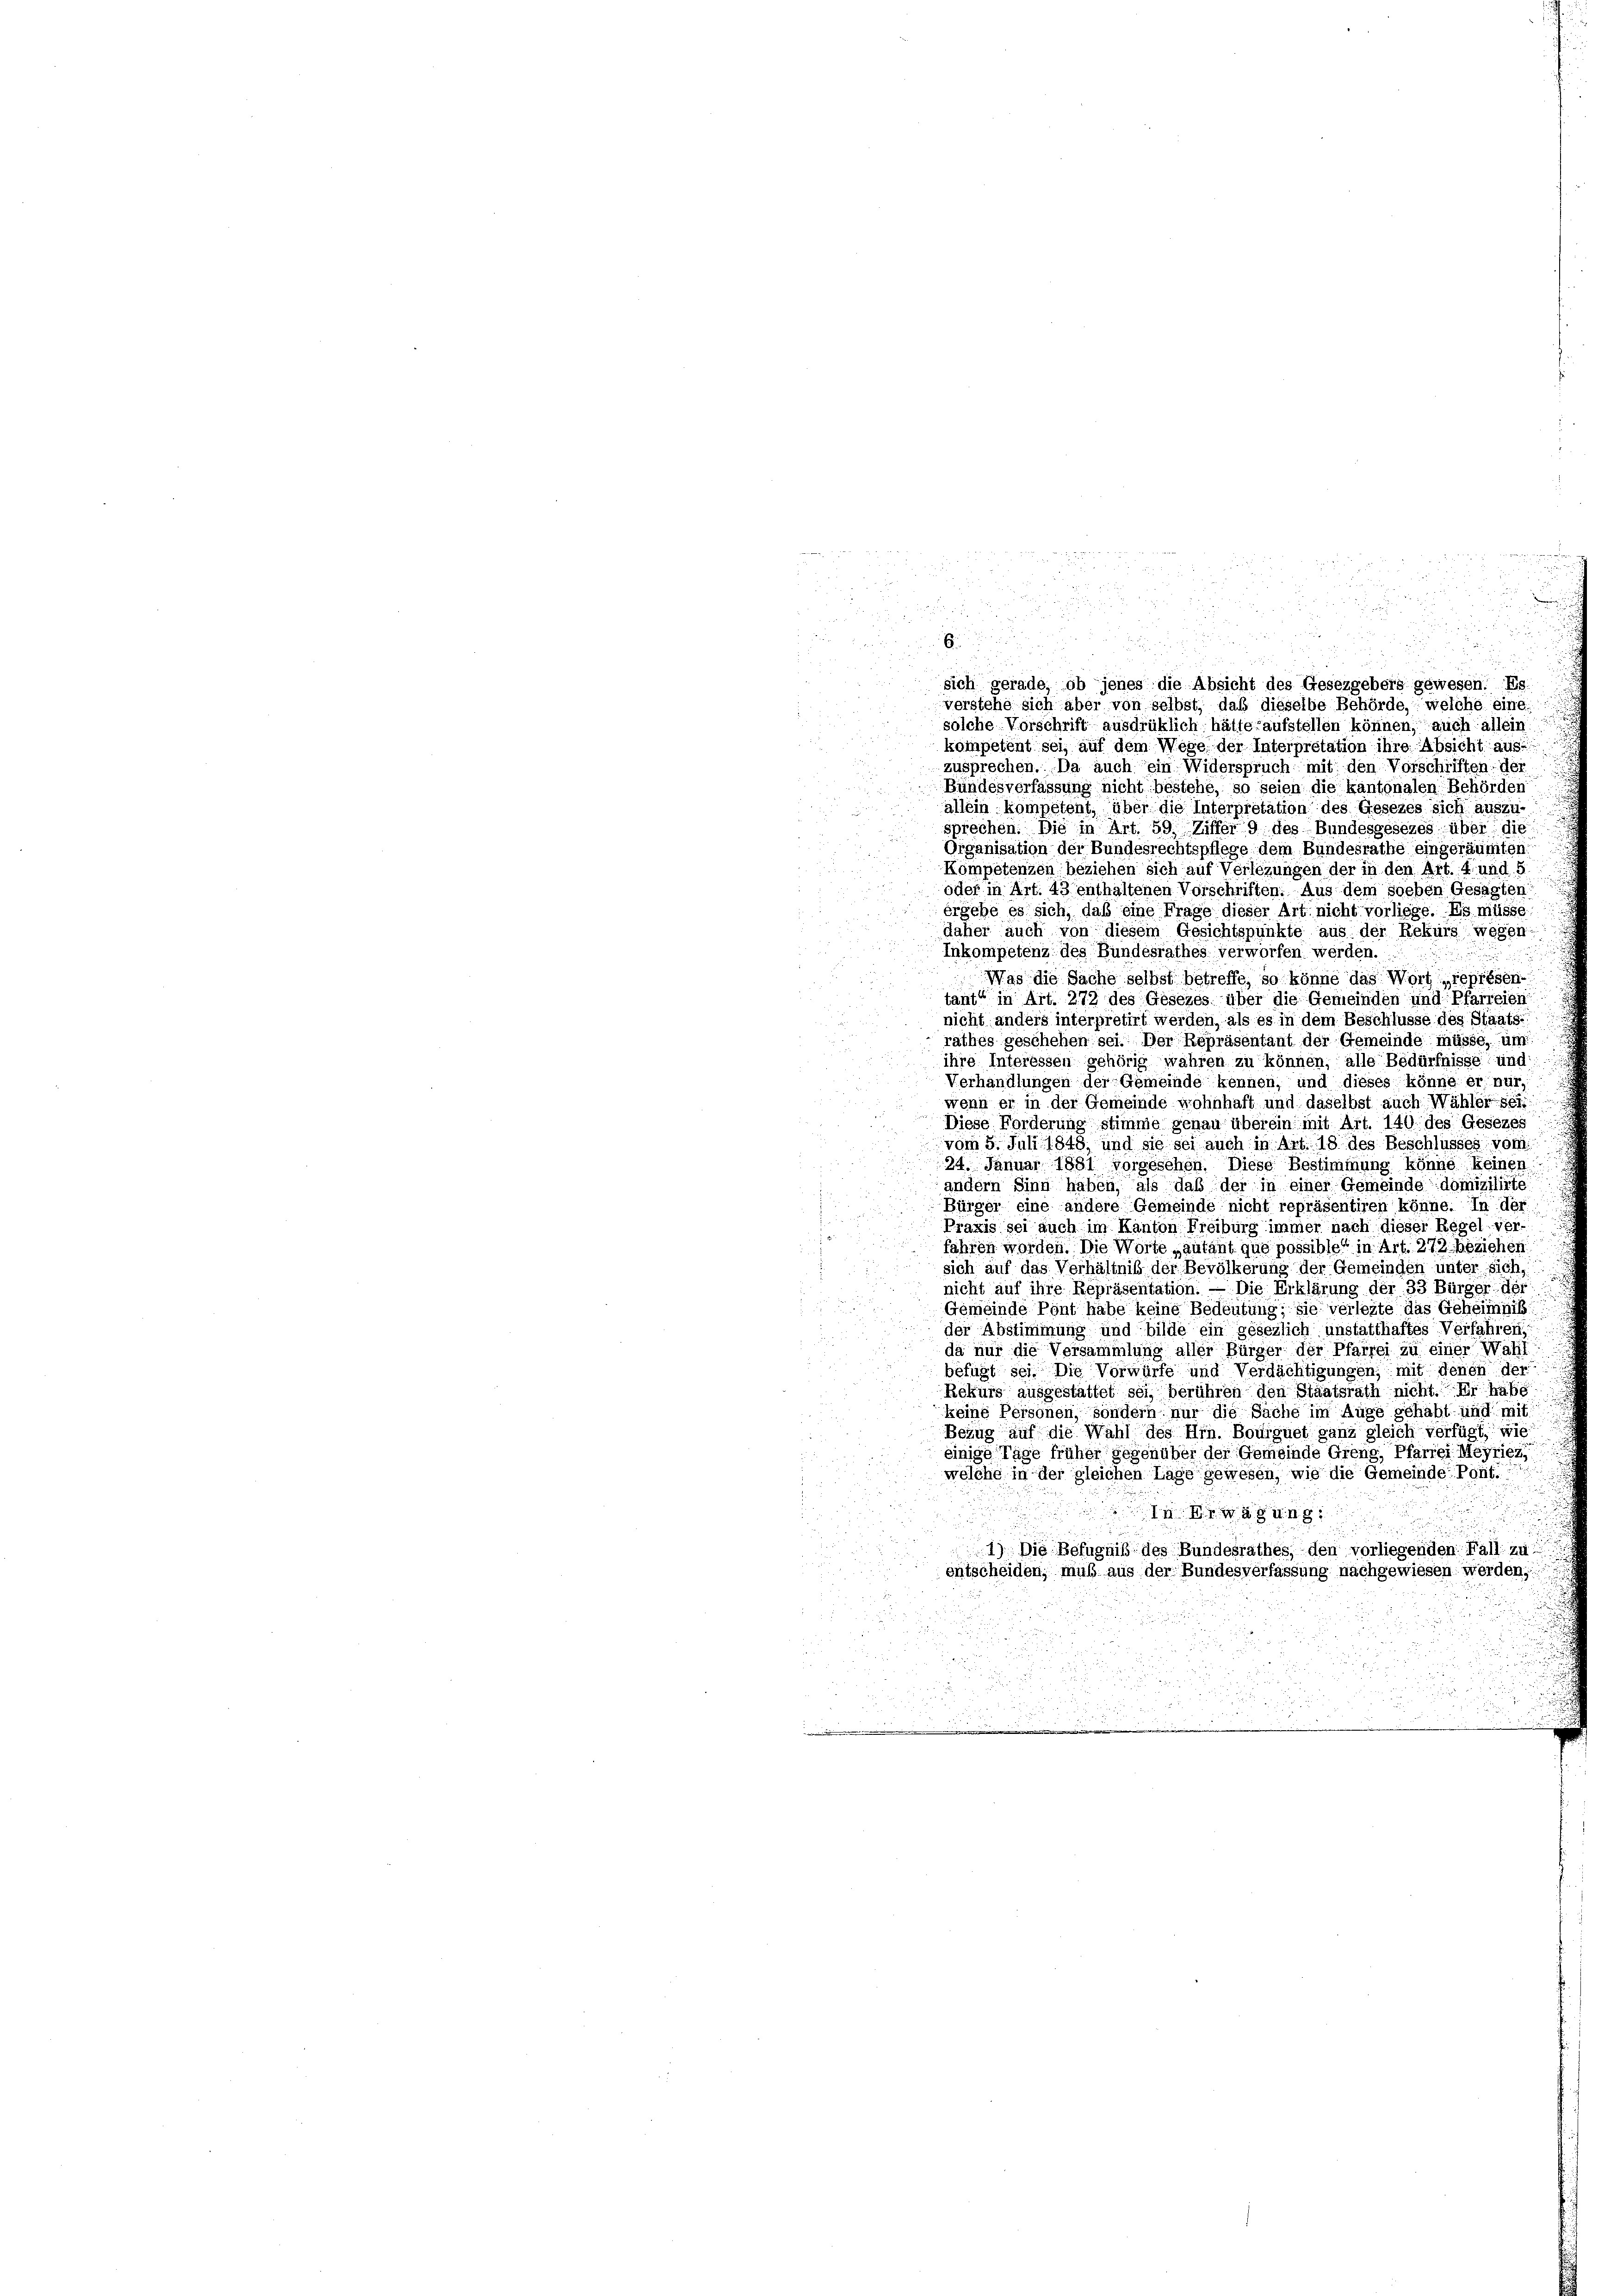
6.

sich gerade, ob jenes die Absicht des Gesezgebers gewesen. Es
verstehe sich aber von selbst, daß dieselbe Behörde, welche eine
solche Vorschrift ausdrüklich hätte aufstellen können, auch allein
kompetent sei, auf dem Wege der Interpretation ihre Absicht auszusprechen. Da auch ein Widerspruch mit den Vorschriften der
Bundesverfassung nicht bestehe, so seien die kantonalen Behörden
allein kompetent, über die Interpretation des Gesezes sich auszu-
sprechen. Die in Art. 59. Ziffer 9 des Bundesgesezes über die
3
Organisation der Bundesrechtspflege dem Bundesrathe eingeräumten
Kompetenzen beziehen sich auf Verlegungen der in den Art. 4 und 5
oder in Art. 43 enthaltenen Vorschriften. Aus dem soeben Gesagten
ergebe es sich, daß eine Frage dieser Art nicht vorliege. Es müsse
daher auch von diesem Gesichtspunkte aus der Rekurs wegen
Inkompetenz des Bundesrathes verworfen werden.
d
Was die Sache selbst betreffe, so könne das Wort représen-
tant“ in Art. 272 des Gesezes über die Gemeinden und Pfarreien
nicht anders interpretirt werden, als es in dem Beschlüsse des Staats-
rathes geschehen sei. Der Repräsentant der Gemeinde müsse, um
ihre Interessen gehörig wahren zu können, alle Bedürfnisse und
Verhandlungen der Gemeinde kennen, und dieses könne er nur,
wenn er in der Gemeinde wohnhaft und daselbst auch Wähler sei
Diese Forderung stimme genau überein mit Art. 140 des Gesezes
vom 5. Juli 1848, und sie sei auch in Art. 18 des Beschlüsses vom
24. Januar 1881 vorgesehen. Diese Bestimmung könne, keinen
andern Sinn haben, als daß der in einer Gemeinde domizilirte
Bürger eine andere Gemeinde nicht repräsentiren könne. In der
Praxis sei auch im Kanton Freiburg immer nach dieser Regel ver-
fahren worden. Die Worte „autant que possible“ in Art. 272 beziehen
sich auf das Verhältniß der Bevölkerung der Gemeinden unter sich,
nicht auf ihre Repräsentation. — Die Erklärung der 33 Bürger der
Gemeinde Pant habe keine Bedeutung; sie verleite das Geheimnis
der Abstimmung und bilde ein gesezlich unstatthaftes Verfahren
da nur die Versammlung aller Bürger der Pfarrei zu einer Wahl
befugt sei. Die Vorwürfe und Verdächtigungen; mit denen der
Rekurs ausgestattet sei, berühren den Staatsrath nicht. Er hang
keine Personen, sondern nur die Sache im Auge gehabt und mit
Bezug auf die Wahl des Hrn. Bourguet ganz gleich verfügt: wie
einige Tage früher gegenüber der Gemeinde Greng, Pfarrei Meyrien,
welche in der gleichen Lage gewesen, wie die Gemeinde Pont.
n un
.
1) Die Befugniß des Bundesrathes, den vorliegenden Fall zu
entscheiden, muß aus der Bundesverfassung nachgewiesen werden;